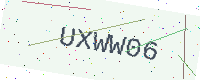
Text: UXWW06